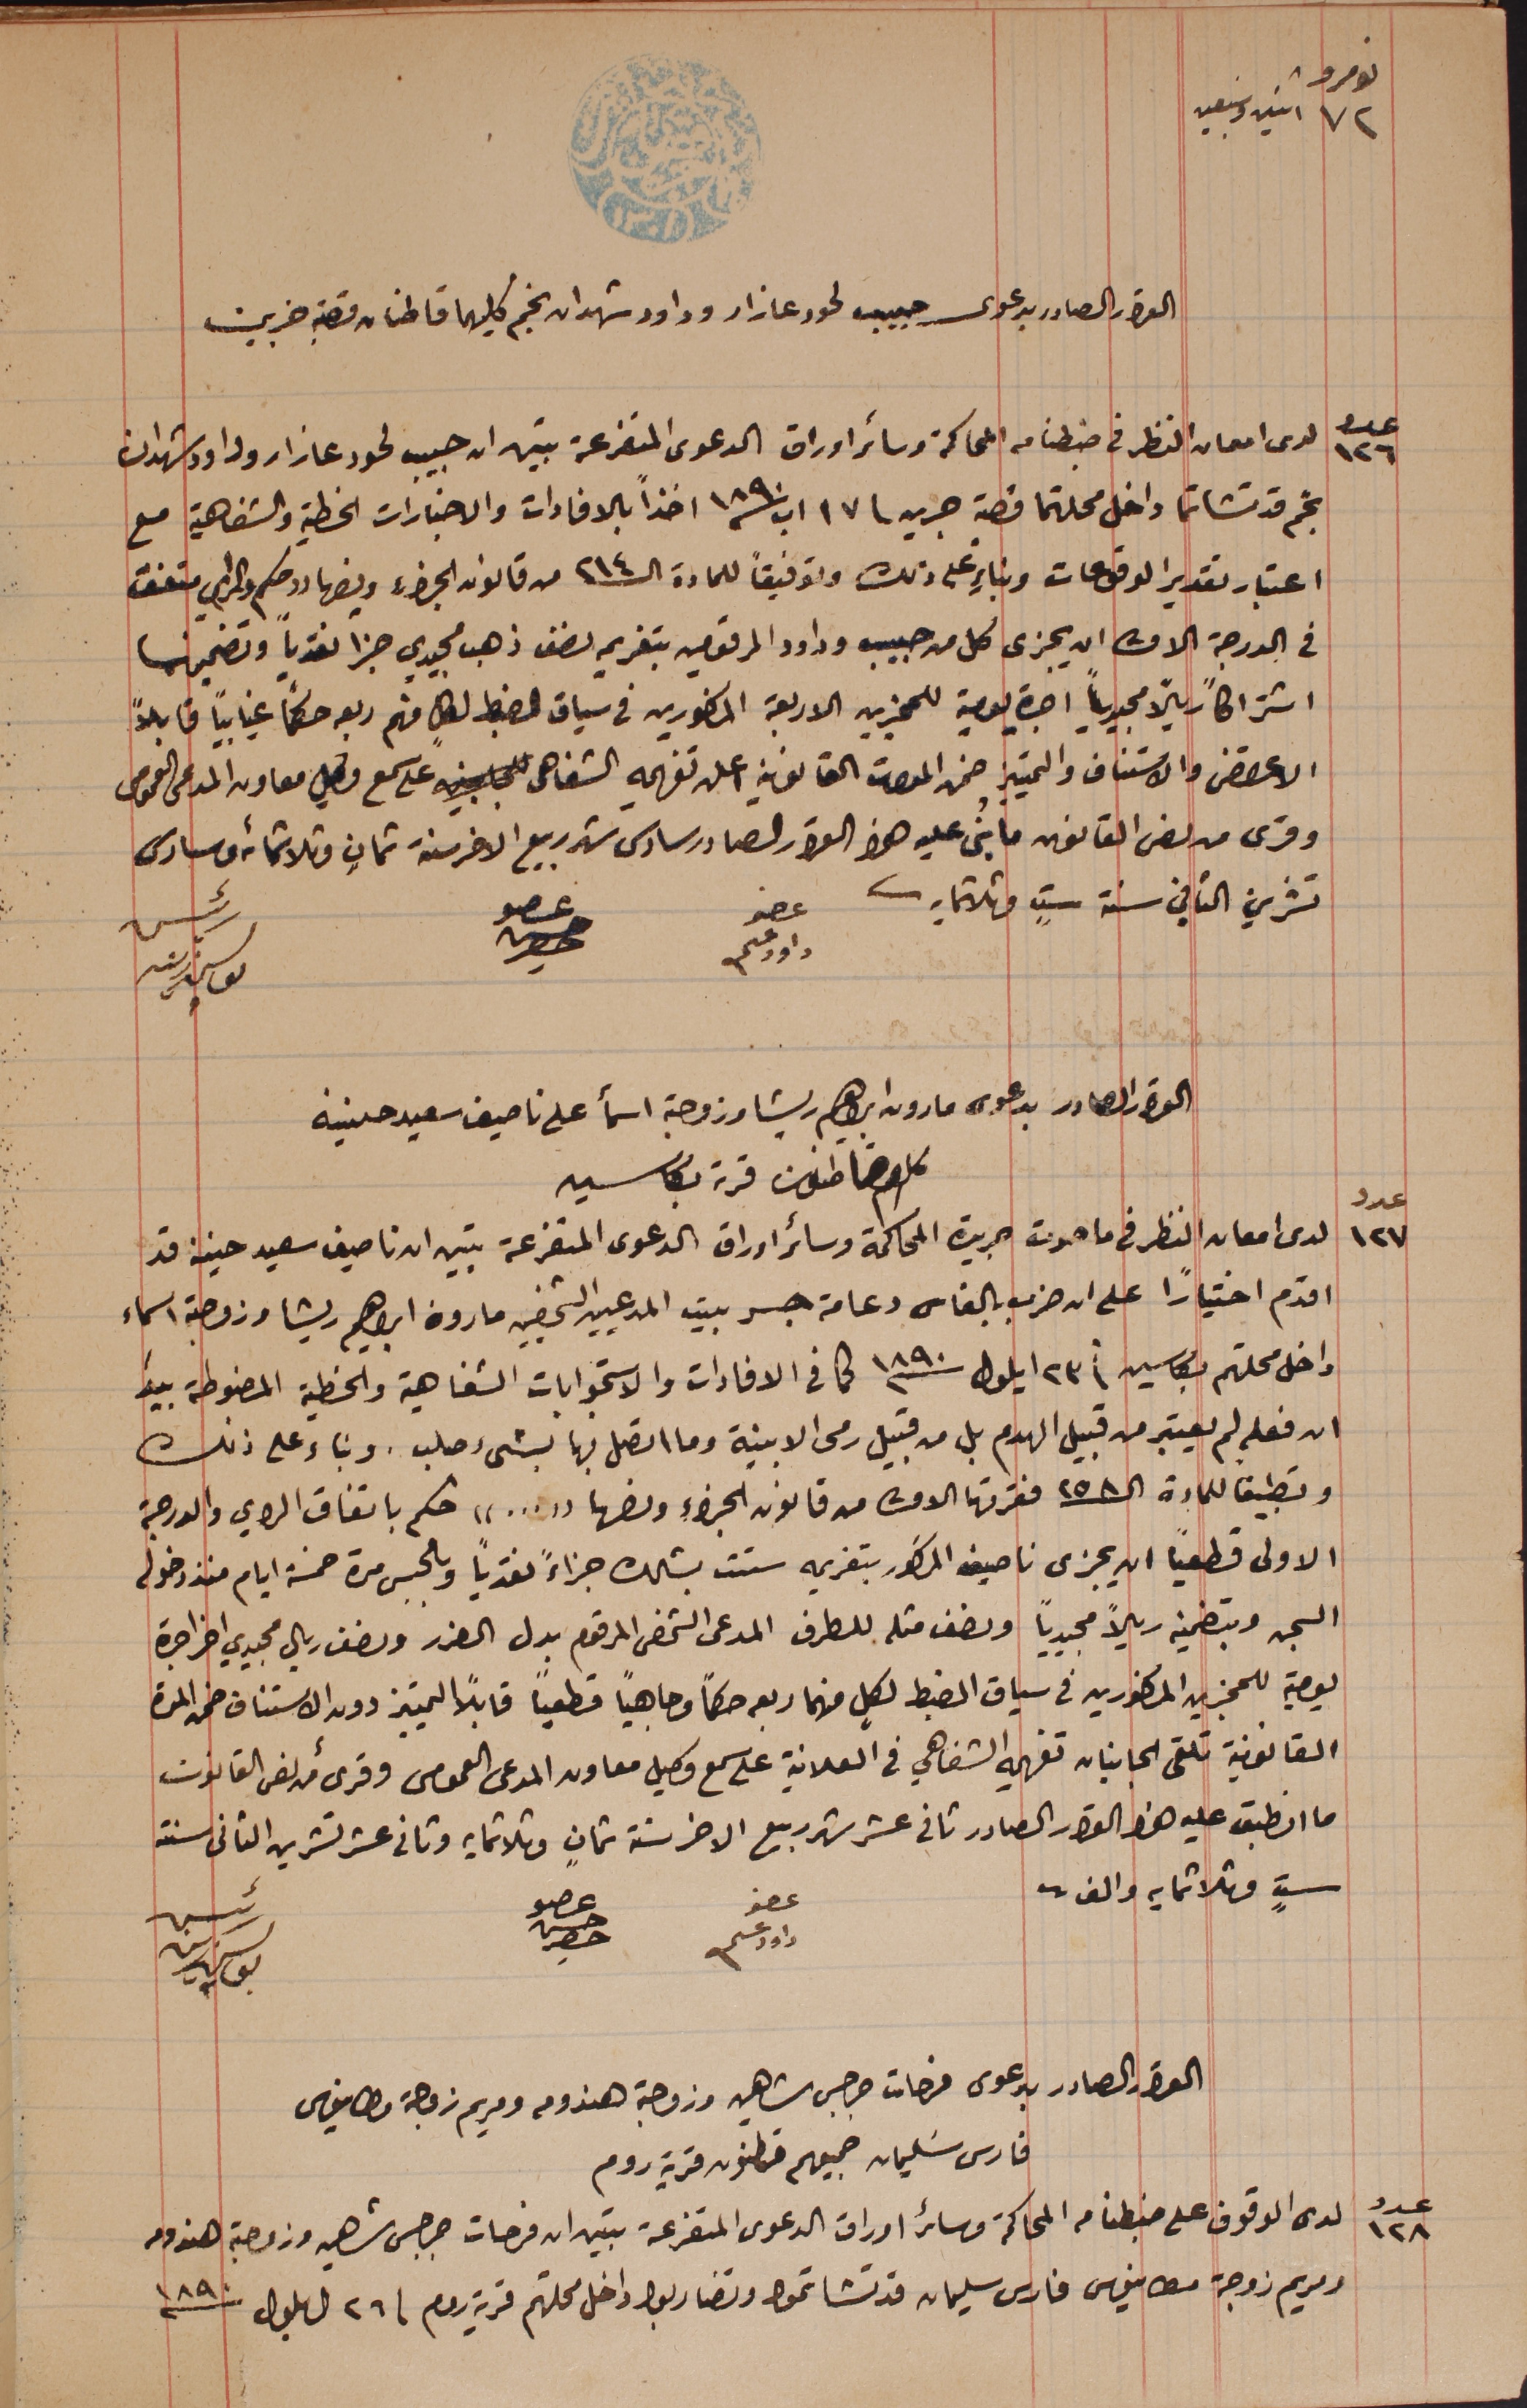
نومرو ٧٢ اثنين وسبعين
القرار الصادر بدعوى حبيب لحود عازار وداود شهدان نجم كليهما قاطنان قصبة جزين
عدد ١٢٦ لدى امعان النظر فى ضبطنا من المحاكمة وسائر اوراق الدعوى المتفرعة تبين ان حبيب لحود عازار وداود شهدان
نجم قد تشاتما داخل محلتهما قصبة جزين فى ١٧ اب سنة ١٨٩٠ أخذاً بالافادات والاخبارات الخطية والشفاهية مع
اعتبار تقدير الدفوعات وبناءٍ على ذلك وتوفيقاً للمادة الـ ٢١٤ من قانون الجزاء ونصها رد حكم والمرامي متفق
في الدرجة الاولى ان يجزى كل من حبيب وداود المرقومين بتغريم نصف ذهب مجيدي جزا نقدياً وتضمينها
اشتراكاً ريالاً مجيدياً اجرة يومية للمجزين الاربعة المذكورين فى سياق الضبط لكلٍ منهم ربعه حكماً غيابياً قابلاً
الاعتراض والاستناف والتمييز ضمن المدات القانونية اعلن تفهيمه الشفاهى على سمع                وكيل معاونه المدعى العمومى
وقرى من نص القانون ما بُنى عليه هذا القرار الصادر سادس شهر ربيع الاخر سنة ثمانٍ وثلاثمائه من سادس
تشرين الثاني سنة ستٍ وثلاثمايه.
عضو داود عسى
القرار الصادر بدعوى مارون ابراهيم ريشا وزوجته اسمأ على ناصيف سعيد حنينه
كلاهم قاطنون قرية بكاسين
عدد ١٢٧ لدى امعان النظر فى ما حوت جريدة المحاكمة وسائر اوراق الدعوى المتفرعة تبين ان ناصيف سعيد حنينه قد
اقدم اختياراً على انه ضرب بالفاس دعامة جسر بيت المدعيين الشخصيين مارون ابراهيم ريشا وزوجته اسماء
داخل محلتهم بكاسين فى ٢٣ ايلول سنة ١٨٩٠ كما في الافادات والاستجوابات الشفاهية والخطية المضبوطة بيدَ
ان فعله لم يعتبر من قبيل الهدم بل من قبيل رمى الابنية وما اتصل فيها بشىء صلب. وبناء على ذلك
وتطبيقاُ للمادة الـ ٢٥٨ فقرتها الاولى من قانون الجزاء ونصها "..." حكم باتفاق الراي والدرجة
الاولى قطعياً ان يجزى ناصيف المذكور بتغريمه ستت بشلك جزاءً نقدياً وبالحبس مدة خمسة ايام منذ دخوله
السجن وبتضمينه ريالاً مجيدياً ونصف مثله للطرف المدعى الشخصى المرقوم بدل الضرر ونصف ريال مجيدي اخر اجرة
يومية للمجزين المذكورين في سياق الضبط لكلٍ منهما ربعه حكماً وجاهياً قطعيًا قابلاً التمييز دون الاستناف ضمن المدة
القانونية تلقى الجانبان تفهيمه الشفاهي فى العلانية على سمع وكيل معاون المدعى العمومى وقرىء من نص القانون
ما انطبق عليه هذا القرار الصادر ثانى عشر شهر ربيع الاخر سنة ثمانٍ وثلاثمايه وثانى عشر تشرين الثانى سنة
 ستٍ وثلاثمايه والف.
عضو داود عسى
القرار الصادر بدعوى فرحات جرجس شاهين وزوجته هندومه ومريم زوجة مطانيوس
فارس سَليمان جميعهم قاطنون قرية روم
عدد ١٢٨ لدى الوقوف على ضبطنا من المحاكمة وسائر اوراق الدعوى المتفرعة تبين ان فرحات جرجس شاهين وزوجته هندومه
ومريم زوجة مطانيوس فارس سليمان قد تشاتموا وتضاربوا داخل محلتهم قرية روم فى ٢٦ ايلول سنة ١٨٩٠
عضو حسن حصِر
رئيس يوسف زينه
عضو حسن حصِر
رئيس يوسف زينه